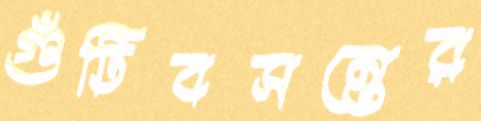
গুঁটিবসন্তের